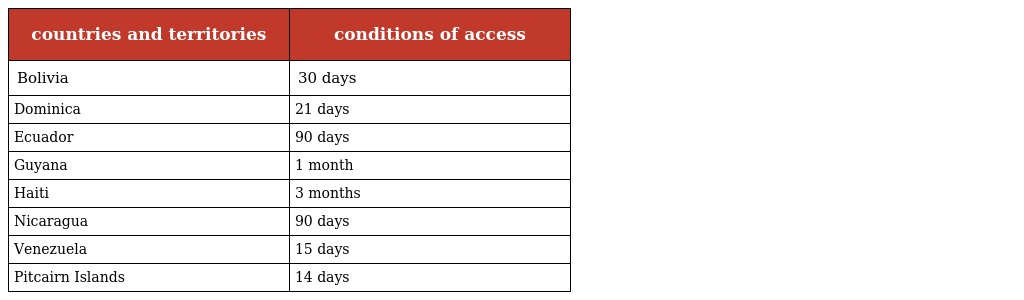
| countries and territories | conditions of access |
 | --- | --- |
 | Bolivia | 30 days |
 | Dominica | 21 days |
 | Ecuador | 90 days |
 | Guyana | 1 month |
 | Haiti | 3 months |
 | Nicaragua | 90 days |
 | Venezuela | 15 days |
 | Pitcairn Islands | 14 days |